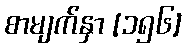
စာမျက်နှာ [၁၅၆]